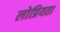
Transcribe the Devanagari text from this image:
लोप्रियता